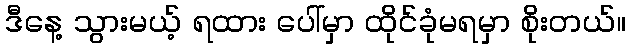
ဒီနေ့ သွားမယ့် ရထား ပေါ်မှာ ထိုင်ခုံမရမှာ စိုးတယ်။